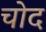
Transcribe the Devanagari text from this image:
चोद